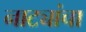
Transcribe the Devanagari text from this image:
नाट्यांचा